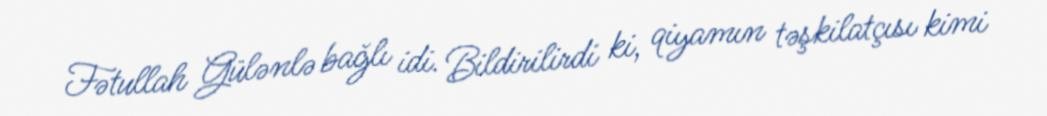
Fətullah Gülənlə bağlı idi. Bildirilirdi ki, qiyamın təşkilatçısı kimi